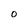
Character: O